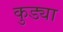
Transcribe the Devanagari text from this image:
कुड्या